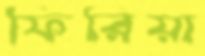
ফিরিয়া